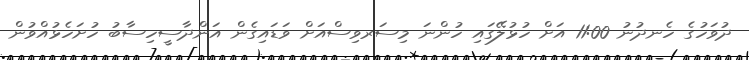
ދުވަހުގެ ހެނދުނު 11:00 އަށް ހުޅުލޭގައި ހުންނަ މިސަރވިސްއަށް ވަޑައިގެން އަންދާސީހިސާބު ހުށަހެޅުއްވުން